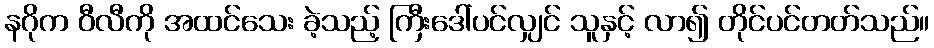
နဂိုက ဝီလီကို အထင်သေး ခဲ့သည့် ကြီးဒေါ်ပင်လျှင် သူနှင့် လာ၍ တိုင်ပင်တတ်သည်။